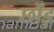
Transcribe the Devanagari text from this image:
छोंड़